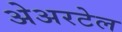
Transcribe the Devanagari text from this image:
अेअरटेल